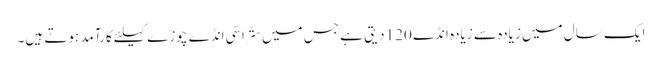
ایک سال میں زیادہ سے زیادہ انڈے 120 دیتی ہے جس میں ستّراسّی انڈے چوزے کیلئے کارآمد ہوتے ہیں۔